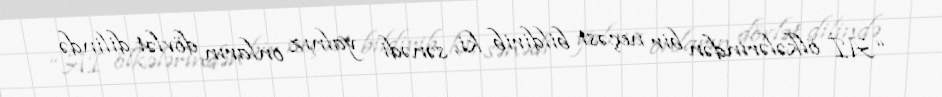
“Aİ ölkələrindən bir neçəsi bildirib ki, sənədi yalnız onların dövlət dilində